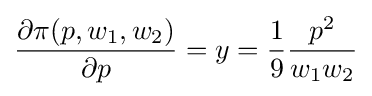
{\frac {\partial \pi (p,w_{1},w_{2})}{\partial p}}=y={\frac {1}{9}}{\frac {p^{2}}{w_{1}w_{2}}}